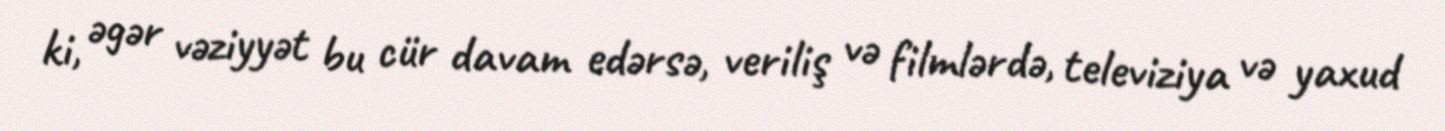
ki, əgər vəziyyət bu cür davam edərsə, veriliş və filmlərdə, televiziya və yaxud